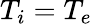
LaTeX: T_{i}=T_{e}